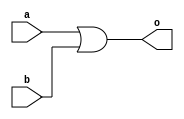
`timescale 1ns / 1ps
//////////////////////////////////////////////////////////////////////////////////
// Company: 
// Engineer: 
// 
// Design Name: 
// Module Name:    orgate 
// Project Name: 
// Target Devices: 
// Tool versions: 
// Description: 
//
// Dependencies: 
//
// Revision: 
// Revision 0.01 - File Created
// Additional Comments: 
//
//////////////////////////////////////////////////////////////////////////////////
module orgate(a,b,o
    );
input a,b;
output o;

assign o=a|b;

endmodule